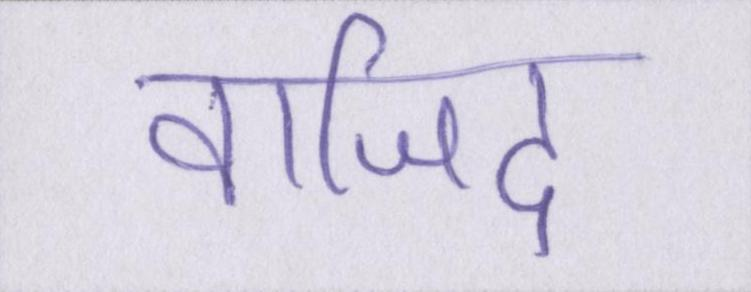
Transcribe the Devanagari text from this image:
वाजिद